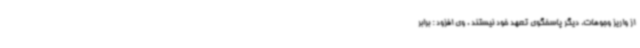
از واریز وجوهات، دیگر پاسخگوی تعهد خود نیستند . وی افزود : برابر